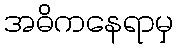
အဓိကနေရာမှ